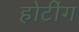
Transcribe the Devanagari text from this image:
होटींग